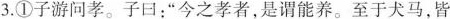
3.①子游问孝。子曰：”今之孝者，是谓能养。至于犬马，皆